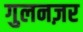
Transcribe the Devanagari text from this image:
गुलनज़र